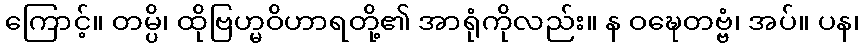
ကြောင့်။ တမ္ပိ၊ ထိုဗြဟ္မဝိဟာရတို့၏ အာရုံကိုလည်း။ န ဝဍ္ဎေတဗ္ဗံ၊ အပ်။ ပန၊